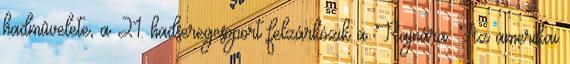
hadmûvelete, a 21. hadseregcsoport felzárkózik a Rajnára. Az amerikai